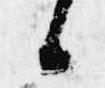
候